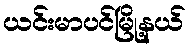
ယင်းမာပင်မြို့နယ်